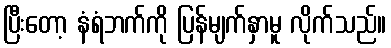
ပြီးတော့ နံရံဘက်ကို ပြန်မျက်နှာမူ လိုက်သည်။